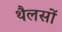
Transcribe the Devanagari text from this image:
थैलसों